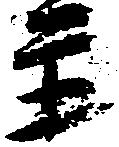
主